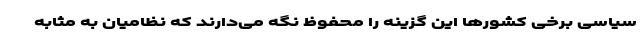
سیاسی برخی کشورها این گزینه را محفوظ نگه می‌دارند که نظامیان به مثابه